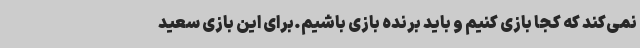
نمی‌کند که کجا بازی کنیم و باید برنده بازی باشیم.برای این بازی سعید